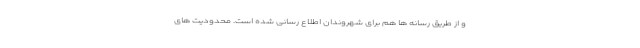
و از طریق رسانه ها هم برای شهروندان اطلاع رسانی شده است. محدودیت های